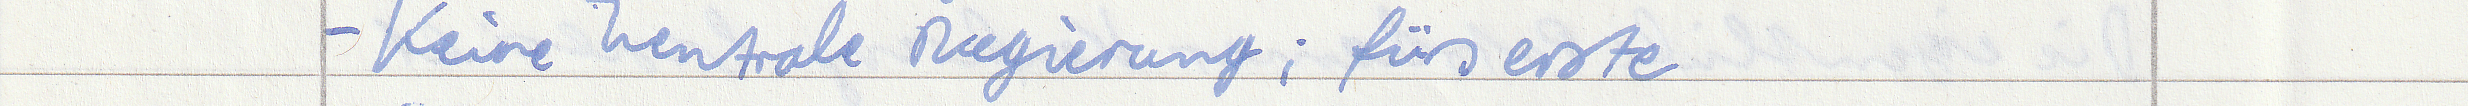
- Keine Zentrale Regierung; fürs erste